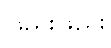
ဖြည်းဖြည်း